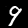
Label: 9